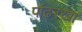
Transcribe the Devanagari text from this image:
पांढरखा